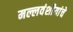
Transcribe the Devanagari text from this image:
मल्लवंशीयांचे